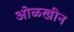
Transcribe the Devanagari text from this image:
ओळखीन